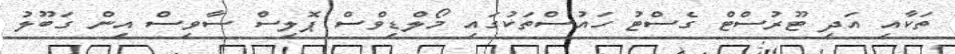
ތަކާއި އަދި ޓޫރުސްޓް ގެސްޓު ހައުސްތަކުގައި މޯލްޑިވްސް ޕޮލިސް ސާވިސް އިން ގަބޫލު